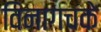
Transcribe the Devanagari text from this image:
विनागचके